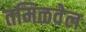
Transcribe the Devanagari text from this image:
तमिळवेल